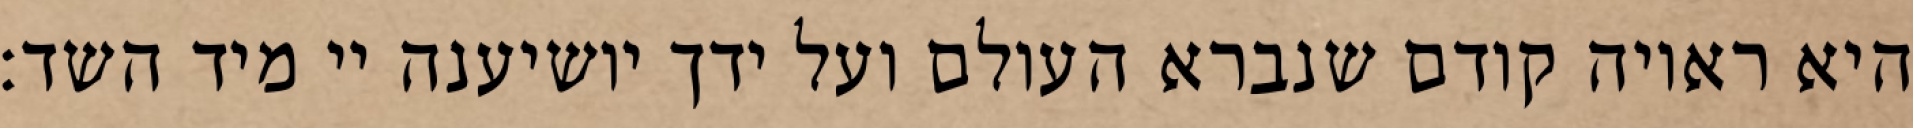
היא ראויה קודם שנברא העולם ועל ידך יושיענה יי מיד השד: